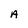
Character: A